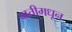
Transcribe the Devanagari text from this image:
वातीमधून